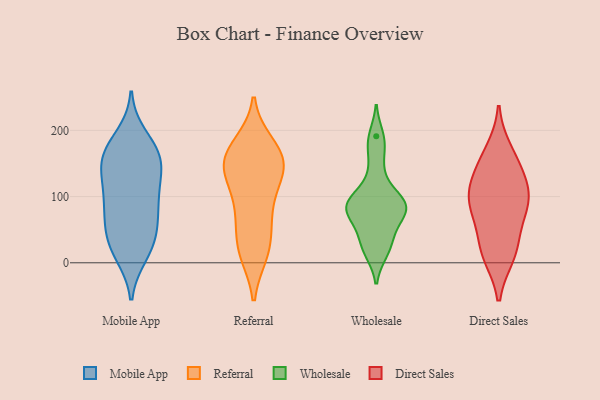
{"axis": {"x": "Bounce Rate (%)", "y": "Value"}, "legend": ["Direct Sales", "Mobile App", "Referral", "Wholesale"], "data": [{"x": "", "y": 138, "type": "Mobile App"}, {"x": "", "y": 91, "type": "Mobile App"}, {"x": "", "y": 162, "type": "Mobile App"}, {"x": "", "y": 56, "type": "Mobile App"}, {"x": "", "y": 163, "type": "Mobile App"}, {"x": "", "y": 163, "type": "Mobile App"}, {"x": "", "y": 36, "type": "Mobile App"}, {"x": "", "y": 13, "type": "Mobile App"}, {"x": "", "y": 119, "type": "Mobile App"}, {"x": "", "y": 150, "type": "Mobile App"}, {"x": "", "y": 91, "type": "Mobile App"}, {"x": "", "y": 21, "type": "Mobile App"}, {"x": "", "y": 79, "type": "Mobile App"}, {"x": "", "y": 116, "type": "Mobile App"}, {"x": "", "y": 190, "type": "Mobile App"}, {"x": "", "y": 61, "type": "Mobile App"}, {"x": "", "y": 168, "type": "Mobile App"}, {"x": "", "y": 25, "type": "Mobile App"}, {"x": "", "y": 179, "type": "Referral"}, {"x": "", "y": 149, "type": "Referral"}, {"x": "", "y": 155, "type": "Referral"}, {"x": "", "y": 43, "type": "Referral"}, {"x": "", "y": 14, "type": "Referral"}, {"x": "", "y": 149, "type": "Referral"}, {"x": "", "y": 14, "type": "Referral"}, {"x": "", "y": 178, "type": "Referral"}, {"x": "", "y": 87, "type": "Referral"}, {"x": "", "y": 162, "type": "Referral"}, {"x": "", "y": 62, "type": "Referral"}, {"x": "", "y": 80, "type": "Referral"}, {"x": "", "y": 114, "type": "Referral"}, {"x": "", "y": 133, "type": "Referral"}, {"x": "", "y": 154, "type": "Referral"}, {"x": "", "y": 134, "type": "Referral"}, {"x": "", "y": 18, "type": "Referral"}, {"x": "", "y": 91, "type": "Wholesale"}, {"x": "", "y": 20, "type": "Wholesale"}, {"x": "", "y": 40, "type": "Wholesale"}, {"x": "", "y": 80, "type": "Wholesale"}, {"x": "", "y": 83, "type": "Wholesale"}, {"x": "", "y": 80, "type": "Wholesale"}, {"x": "", "y": 50, "type": "Wholesale"}, {"x": "", "y": 77, "type": "Wholesale"}, {"x": "", "y": 91, "type": "Wholesale"}, {"x": "", "y": 101, "type": "Wholesale"}, {"x": "", "y": 191, "type": "Wholesale"}, {"x": "", "y": 174, "type": "Wholesale"}, {"x": "", "y": 136, "type": "Wholesale"}, {"x": "", "y": 16, "type": "Wholesale"}, {"x": "", "y": 92, "type": "Direct Sales"}, {"x": "", "y": 168, "type": "Direct Sales"}, {"x": "", "y": 138, "type": "Direct Sales"}, {"x": "", "y": 30, "type": "Direct Sales"}, {"x": "", "y": 108, "type": "Direct Sales"}, {"x": "", "y": 97, "type": "Direct Sales"}, {"x": "", "y": 92, "type": "Direct Sales"}, {"x": "", "y": 146, "type": "Direct Sales"}, {"x": "", "y": 12, "type": "Direct Sales"}, {"x": "", "y": 15, "type": "Direct Sales"}, {"x": "", "y": 71, "type": "Direct Sales"}]}